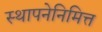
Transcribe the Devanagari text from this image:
स्थापनेनिमित्त